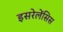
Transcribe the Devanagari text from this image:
इसरेलेंसिस